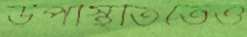
উপস্থিতিতেও